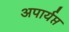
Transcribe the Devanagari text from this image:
अपार्यप्त